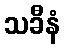
သခီနံ